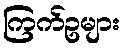
ကြက်ဥများ